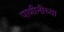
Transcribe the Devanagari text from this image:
पाणीनीच्या